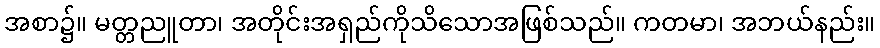
အစာ၌။ မတ္တညူတာ၊ အတိုင်းအရှည်ကိုသိသောအဖြစ်သည်။ ကတမာ၊ အဘယ်နည်း။